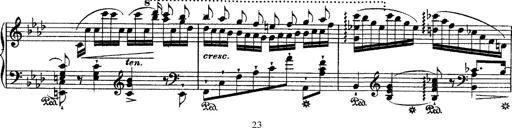
Title: Ã‰tudes d'exÃ©cution transcendante d'aprÃ¨s Paganini
Composer: Franz Liszt